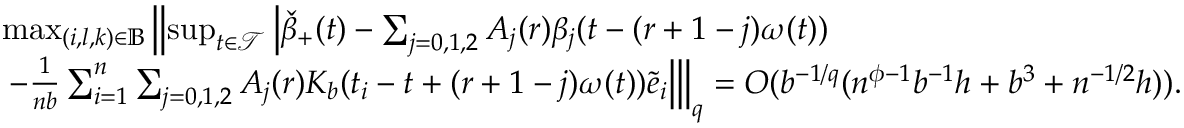
\begin{array} { r l } & { \operatorname* { m a x } _ { ( i , l , k ) \in \mathbb { B } } \left\| \operatorname* { s u p } _ { t \in \mathcal { T } } \left| \check { \beta } _ { + } ( t ) - \sum _ { j = 0 , 1 , 2 } A _ { j } ( r ) \beta _ { j } ( t - ( r + 1 - j ) \omega ( t ) ) \right. \right. } \\ & { \left. \left. - \frac { 1 } { n b } \sum _ { i = 1 } ^ { n } \sum _ { j = 0 , 1 , 2 } A _ { j } ( r ) K _ { b } ( t _ { i } - t + ( r + 1 - j ) \omega ( t ) ) \tilde { e } _ { i } \right| \right\| _ { q } = O ( b ^ { - 1 / q } ( n ^ { \phi - 1 } b ^ { - 1 } h + b ^ { 3 } + n ^ { - 1 / 2 } h ) ) . } \end{array}